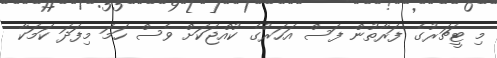
މި ޓީޗަރުގެ ފަރާތުން ފަސް އަހަރުގެ ކުއްޖަކަށް ވެސް ހަމަ މިފަދަ ކަމަކާ